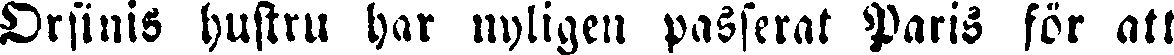
Orsinis hustru har nyligen passerat Paris för att